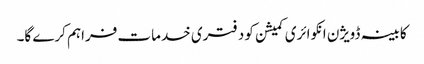
کابینہ ڈویژن انکوائری کمیشن کو دفتری خدمات فراہم کرے گا۔